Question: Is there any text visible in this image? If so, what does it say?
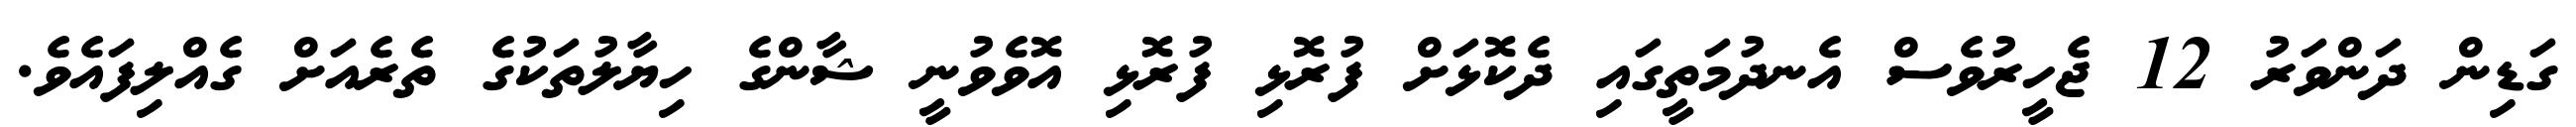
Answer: ގަޑިން ދަންވަރު 12 ޖެހީރުވެސް އެނދުމަތީގައި ދެކޮޅަށް ފުރޮޅި ފުރޮޅި އޮވެވުނީ ޝާންގެ ހިޔާލުތަކުގެ ތެރެއަށް ގެއްލިފައެވެ.